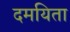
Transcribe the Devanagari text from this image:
दमयिता